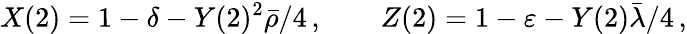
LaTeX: X(2)=1-\delta-Y(2)^{2}\bar{\rho}/4\, ,\qquad Z(2)=1-\varepsilon-Y(2)\bar{\lambda}/4\, ,